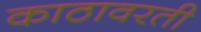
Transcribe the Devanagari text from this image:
काठावरती